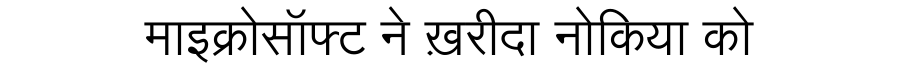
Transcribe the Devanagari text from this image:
माइक्रोसॉफ्ट ने ख़रीदा नोकिया को